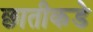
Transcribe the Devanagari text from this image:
छातीकडे